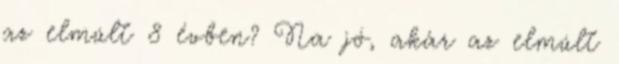
az elmúlt 8 évben? Na jó, akár az elmúlt